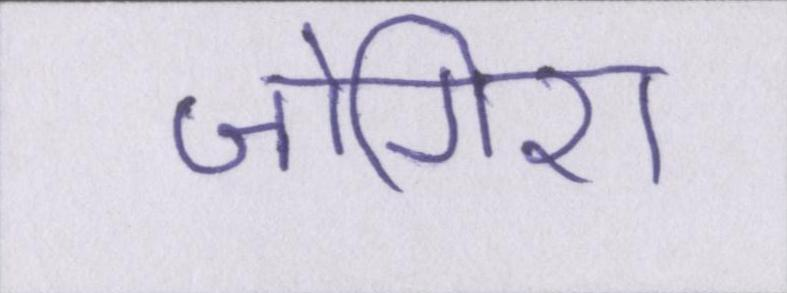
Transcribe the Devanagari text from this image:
जोगिरा